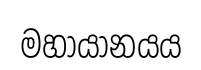
මහායානයය